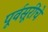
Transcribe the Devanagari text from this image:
पूर्वसूरींचे